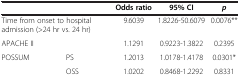
<table><thead><tr><td colspan="2"><b> </b></td><td><b>Odds ratio</b></td><td><b>95% CI</b></td><td><b><i>p</i></b></td></tr></thead><tbody><tr><td colspan="2">Time from onset to hospital admission (&gt;24 hr vs. 24 hr)</td><td>9.6039</td><td>1.8226-50.6079</td><td>0.0076**</td></tr><tr><td colspan="2">APACHE II</td><td>1.1291</td><td>0.9223-1.3822</td><td>0.2395</td></tr><tr><td>POSSUM</td><td>PS</td><td>1.2013</td><td>1.0178-1.4178</td><td>0.0301*</td></tr><tr><td> </td><td>OSS</td><td>1.0202</td><td>0.8468-1.2292</td><td>0.8331</td></tr></tbody></table>